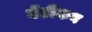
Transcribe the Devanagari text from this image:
वेटीकन